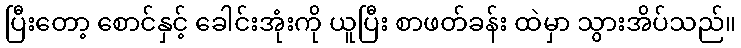
ပြီးတော့ စောင်နှင့် ခေါင်းအုံးကို ယူပြီး စာဖတ်ခန်း ထဲမှာ သွားအိပ်သည်။